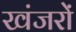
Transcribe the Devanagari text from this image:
खंजरों